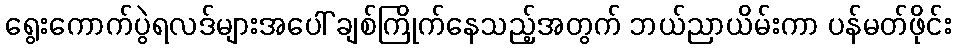
ရွေးကောက်ပွဲရလဒ်များအပေါ် ချစ်ကြိုက်နေသည့်အတွက် ဘယ်ညာယိမ်းကာ ပန်မတ်ဖိုင်း